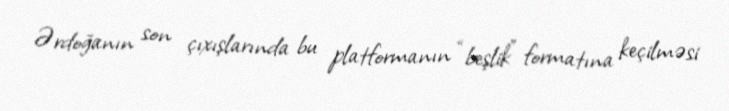
Ərdoğanın son çıxışlarında bu platformanın “beşlik” formatına keçilməsi